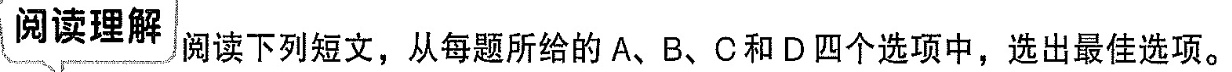
阅读理解 阅读下列短文，从每题所给的A、B、C和D四个选项中，选出最佳选项。